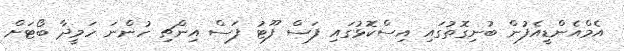
އެމްއެންޑީއެފުން ބުނިގޮތުގައި އިސްކޮޅުގައި ފަސް ފޫޓު ފަސް އިންޗި ހުންނަ ހަމީދާ ބޯޓަށް